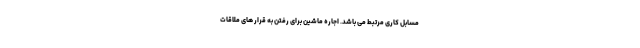
مسابل کاری مرتبط می باشد. اجاره ماشین برای رفتن به قرار های ملاقات